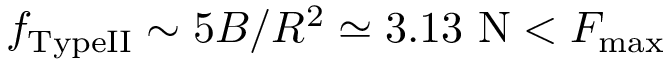
f _ { \mathrm { T y p e I I } } \sim 5 B / R ^ { 2 } \simeq 3 . 1 3 ~ \mathrm { N } < F _ { \mathrm { m a x } }